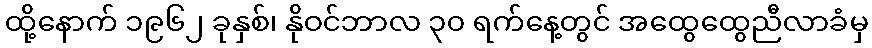
ထို့နောက် ၁၉၆၂ ခုနှစ်၊ နိုဝင်ဘာလ ၃၀ ရက်နေ့တွင် အထွေထွေညီလာခံမှ